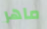
ماهر